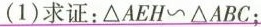
(1)求证：ΔAEH~ΔABC；